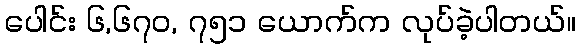
ပေါင်း ၆,၆၇၀, ၇၅၁ ယောက်က လုပ်ခဲ့ပါတယ်။